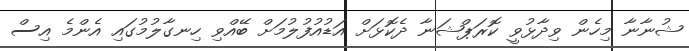
ޝުނާނާ މިހެން ވިދާޅުވީ ކޮރަޕްޝަނާ ދެކޮޅަށް އަޑުއުފުލުމަށް ބޭއްވި ހިނގާލުމުގައި އެންމެ އިސް